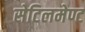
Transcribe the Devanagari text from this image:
सेटिलमेण्ट